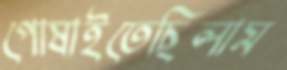
পোষাইতেছিলাম